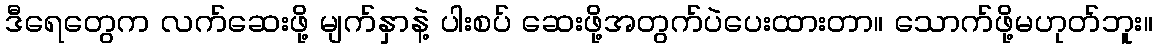
ဒီရေတွေက လက်ဆေးဖို့ မျက်နှာနဲ့ ပါးစပ် ဆေးဖို့အတွက်ပဲပေးထားတာ။ သောက်ဖို့မဟုတ်ဘူး။